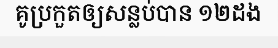
គូប្រកួតឲ្យសន្លប់បាន ១២ដង